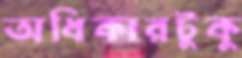
অধিকারটুকু